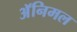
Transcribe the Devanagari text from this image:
अॅनिमल